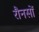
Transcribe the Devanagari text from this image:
रौनसों